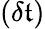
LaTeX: (\delta\mathfrak{t})